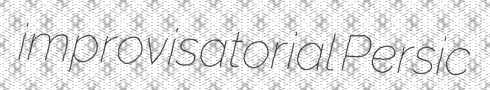
improvisatorial Persic